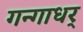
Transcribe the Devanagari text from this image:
गन्गाधर्